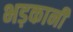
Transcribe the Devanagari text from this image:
भड़कानी